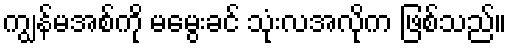
ကျွန်မအစ်ကို မမွေးခင် သုံးလအလိုက ဖြစ်သည်။